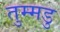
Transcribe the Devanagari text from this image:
तुम्मडु